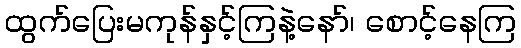
ထွက်ပြေးမကုန်နှင့်ကြနဲ့နော်၊ စောင့်နေကြ